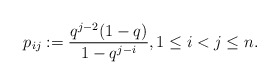
\begin{gather*}p_{ij}:= {q^{j-2}(1-q) \over 1-q^{j-i}}, 1 \le i < j \le n.\end{gather*}